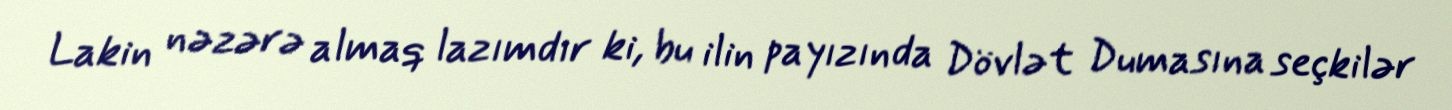
Lakin nəzərə almaq lazımdır ki, bu ilin payızında Dövlət Dumasına seçkilər